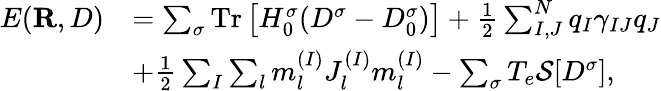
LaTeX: \begin{array}{rl}{E({\mathbf R},D)}&{=\sum_{\sigma}\mathrm{Tr}\left[H_{0}^{\sigma}(D^{\sigma}-D_{0}^{\sigma})\right]+\frac{1}{2}\sum_{I,J}^{N}q_{I}\gamma_{IJ}q_{J}}\\ &{+\frac{1}{2}\sum_{I}\sum_{l}m_{l}^{(I)}J_{l}^{(I)}m_{l}^{(I)}-\sum_{\sigma}T_{e}{\cal S}[D^{\sigma}],}\end{array}